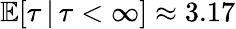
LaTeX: \mathbb{E}[\tau\, |\, \tau<\infty]\approx 3.17